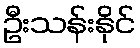
ဦးသန်းနိုင်